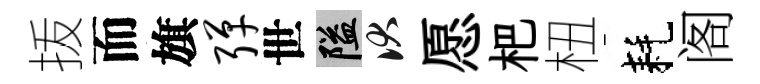
㧞而旗弹世隘伏愿杷杻耗阁